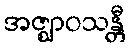
အဇ္ဈာဝသန္တီ